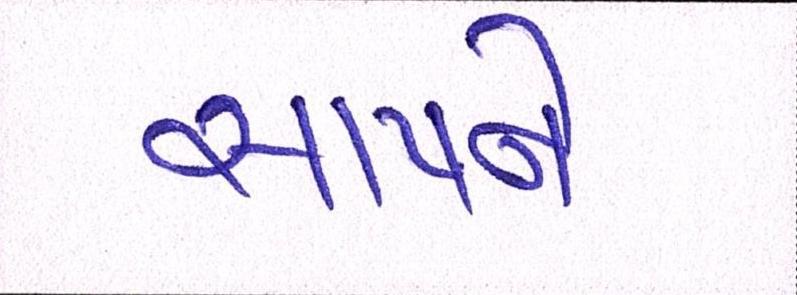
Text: સાપને